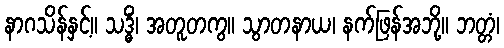
နာဂသိန်နှင့်။ သဒ္ဓိံ၊ အတူတကွ။ သွာတနာယ၊ နက်ဖြန်အဘို့။ ဘတ္တံ၊